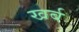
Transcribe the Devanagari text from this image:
खर्ब